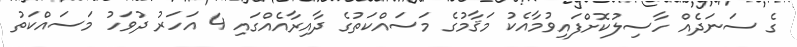
ގެ ސަނަދެއް ހާސިލުކޮށްފައިވުމާއެކު މަޤާމުގެ މަސައްކަތުގެ ދާއިރާއެއްގައި 4 އަހަރު ދުވަހު މަސައްކަތު